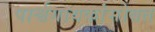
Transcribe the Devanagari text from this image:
पार्श्वगायकांसोबत